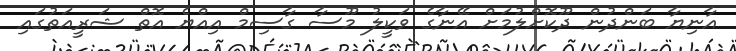
އާނިޔާ ބަންދުން ދޫކޮށްލުމަށް އޭނާގެ ވަކީލު މޫސާ ގާސިމް އިއްޔެ އޮތް ޝަރީއަތުގައި